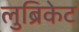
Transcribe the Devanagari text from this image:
लुब्रिकेट